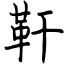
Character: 靬